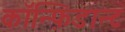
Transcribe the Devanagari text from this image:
कॉन्फ़िडान्ट